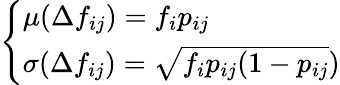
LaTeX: \left\{ \begin{array}{ll}{\mu(\Delta f_{ij})=f_{i}p_{ij}}\\ {\sigma(\Delta f_{ij})=\sqrt{f_{i}p_{ij}(1-p_{ij}})}\end{array}\right.